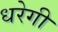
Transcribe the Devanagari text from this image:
धरेगी